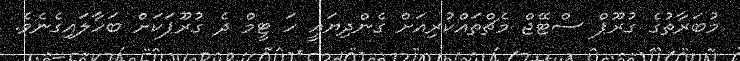
މުބަރާތުގެ ގުރޫޕް ސްޓޭޖް މެޗްތައްކުރިއަށް ގެންދިޔައީ ހަ ޓީމް ދެ ގުރޫޕަކަށް ބަހާލައިގެނެވެ.